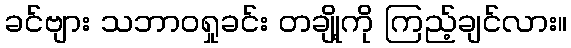
ခင်ဗျား သဘာဝရှုခင်း တချို့ကို ကြည့်ချင်လား။